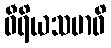
ဝီရိယသမာဓိ